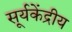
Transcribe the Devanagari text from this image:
सूर्यकेंद्रीय